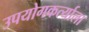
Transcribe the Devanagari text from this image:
उपयोगकर्त्याला